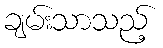
ချမ်းသာသည့်